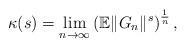
\begin{align*}\kappa(s) = \lim_{n\to\infty}\left(\mathbb{E}\| G_n \|^{s}\right)^{\frac{1}{n}}, \end{align*}